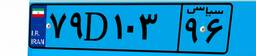
۷۹D۱۰۳۹۶